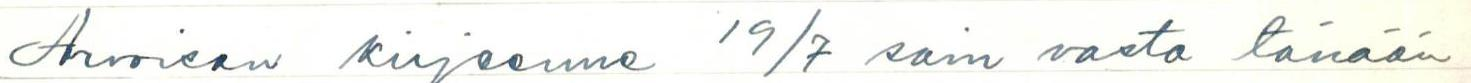
Arvoisan kirjeenne 19/7 sain vasta tänään